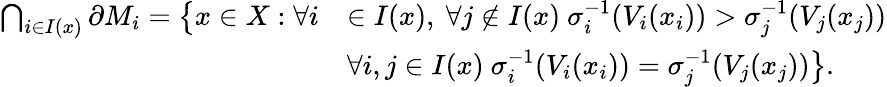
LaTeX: \begin{array}{rl}{\bigcap_{i\in I(x)}\partial{M}_{i}=\big\{ x\in X:\forall i}&{\in I(x),\ \forall j\notin I(x)\ \sigma_{i}^{-1}(V_{i}(x_{i}))>\sigma_{j}^{-1}(V_{j}(x_{j}))}\\ &{\forall i,j\in I(x)\ \sigma_{i}^{-1}(V_{i}(x_{i}))=\sigma_{j}^{-1}(V_{j}(x_{j}))\big\} .}\end{array}